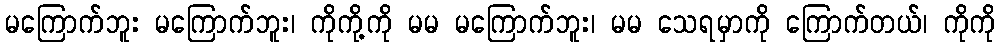
မကြောက်ဘူး မကြောက်ဘူး၊ ကိုကို့ကို မမ မကြောက်ဘူး၊ မမ သေရမှာကို ကြောက်တယ်၊ ကိုကို